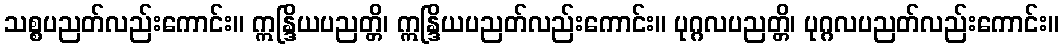
သစ္စပညတ်လည်းကောင်း။ ဣန္ဒြိယပညတ္တိ၊ ဣန္ဒြိယပညတ်လည်းကောင်း။ ပုဂ္ဂလပညတ္တိ၊ ပုဂ္ဂလပညတ်လည်းကောင်း။